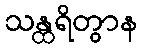
သန္ထရိတွာန